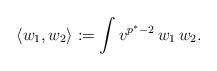
LaTeX: \begin{align*} \langle w_1, w_2 \rangle: = \int v^{p^*-2} \,w_1\,w_2 .\end{align*}